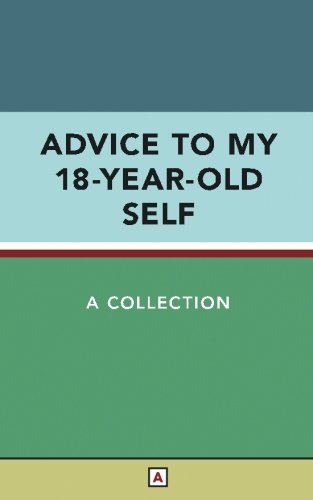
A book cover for Advice to My 18-Year-Old Self; Colin Wright; Self-Help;